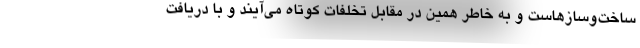
ساخت‌وسازهاست و به خاطر همین در مقابل تخلفات کوتاه می‌آیند و با دریافت